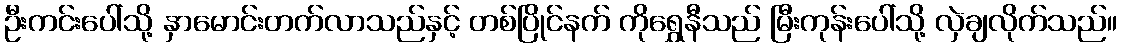
ဦးကင်းပေါ်သို့ နှာမောင်းတက်လာသည်နှင့် တစ်ပြိုင်နက် ကိုရွှေနီသည် မြီးကုန်းပေါ်သို့ လှဲချလိုက်သည်။